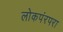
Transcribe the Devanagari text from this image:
लोकपंरपरा